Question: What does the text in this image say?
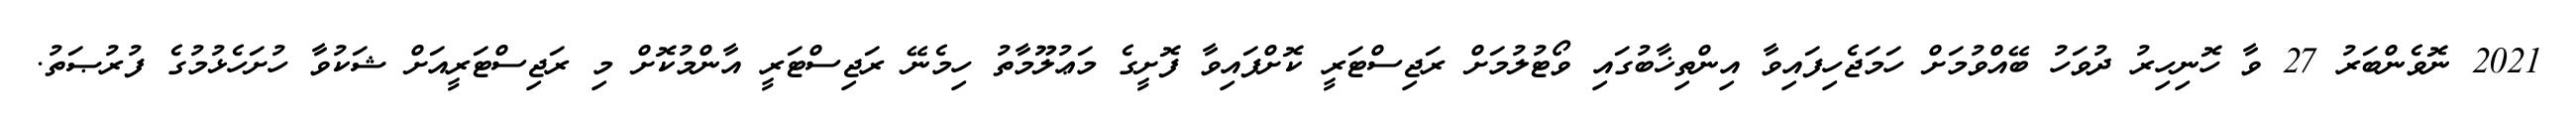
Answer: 2021 ނޮވެންބަރު 27 ވާ ހޮނިހިރު ދުވަހު ބޭއްވުމަށް ހަމަޖެހިފައިވާ އިންތިޚާބުގައި ވޯޓުލުމަށް ރަޖިސްޓަރީ ކޮށްފައިވާ ފޮށީގެ މަޢުލޫމާތު ހިމެނޭ ރަޖިސްޓަރީ އާންމުކޮށް މި ރަޖިސްޓަރީއަށް ޝަކުވާ ހުށަހެޅުމުގެ ފުރުޞަތު.